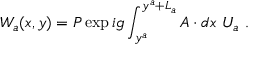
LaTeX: W _ { a } ( x , y ) = P \exp { i g \int _ { y ^ { a } } ^ { y ^ { a } + L _ { a } } A \cdot d x } ~ U _ { a } ~ .